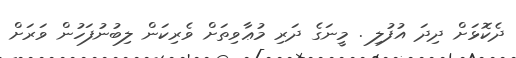
ދެކޮޅަށް ދިދަ އުފުލި . މީނަގެ ދަރި މުޢާވިތަށް ވެރިކަން ލިބުނުފަހުން ވަރަށް